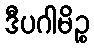
ဒီပဂါမိဉ္စ